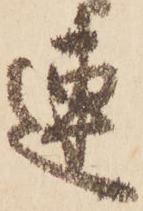
連